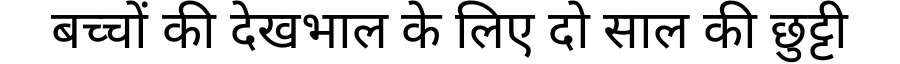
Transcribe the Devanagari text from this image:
बच्चों की देखभाल के लिए दो साल की छुट्टी